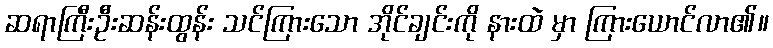
ဆရာကြီးဦးဆန်းထွန်း သင်ကြားသော အိုင်ချင်းကို နားထဲ မှာ ကြားယောင်လာ၏။